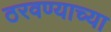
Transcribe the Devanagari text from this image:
ठरवण्याच्या